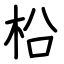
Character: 柗